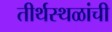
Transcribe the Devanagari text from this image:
तीर्थस्थळांची